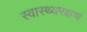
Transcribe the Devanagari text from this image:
स्वास्थ्यरक्षणं